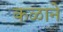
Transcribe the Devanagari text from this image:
कळाने